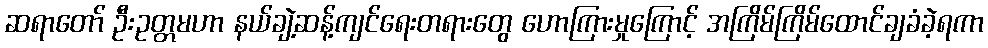
ဆရာတော် ဦးဥတ္တမဟာ နယ်ချဲ့ဆန့်ကျင်ရေးတရားတွေ ဟောကြားမှုကြောင့် အကြိမ်ကြိမ်ထောင်ချခံခဲ့ရကာ